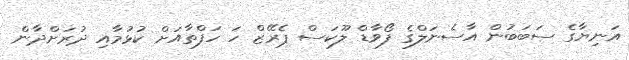
އަނިޔާގެ ސަބަބުން އާސެނަލްގެ ފޯވާޑް ލޫކަސް ޕެރޭޒް ހަ ހަފްތާއަށް ކުޅުމާއި ދުރަށްދާން